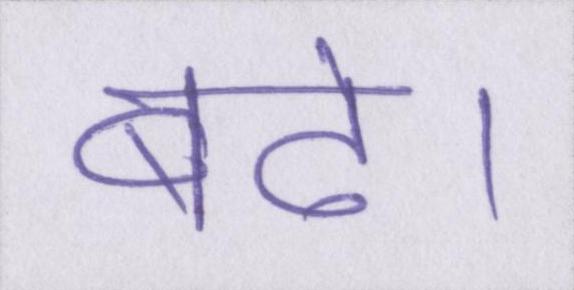
बढे।